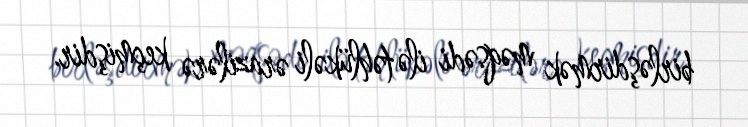
birləşdirmək məqsədi ilə təhlükəli ərazilərə keçmişdir.